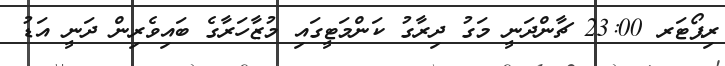
ރިޕޯޓަރ 23:00 ޗާންދަނީ މަގު ދިރާގު ކަންމަޓީގައި މުޒާހަރާގެ ބައިވެރިން ދަނީ އަޑު